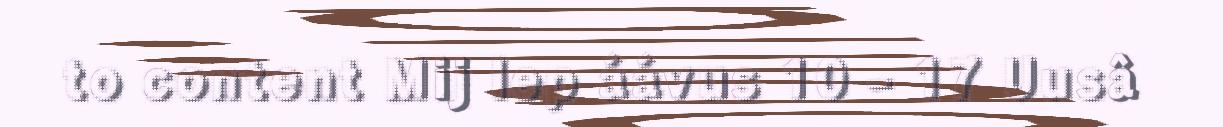
to content Mij lep áávus 10 - 17 Uusâ